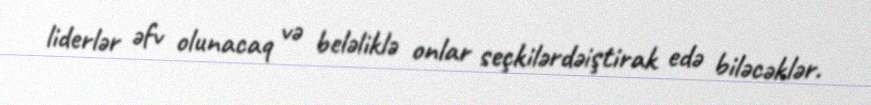
liderlər əfv olunacaq və beləliklə onlar seçkilərdəiştirak edə biləcəklər.